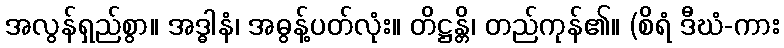
အလွန်ရှည်စွာ။ အဒ္ဓါနံ၊ အဓွန့်ပတ်လုံး။ တိဋ္ဌန္တိ၊ တည်ကုန်၏။ (စိရံ ဒီဃံ-ကား